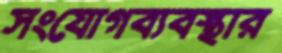
সংযোগব্যবস্থার